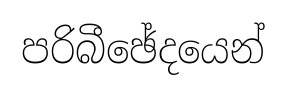
පරිබීඡේදයෙන්